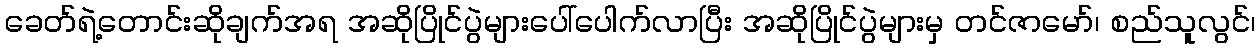
ခေတ်ရဲ့တောင်းဆိုချက်အရ အဆိုပြိုင်ပွဲများပေါ်ပေါက်လာပြီး အဆိုပြိုင်ပွဲများမှ တင်ဇာမော်၊ စည်သူလွင်၊